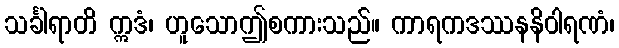
သင်္ခါရာတိ ဣဒံ၊ ဟူသောဤစကားသည်။ ကာရကဒဿနနိဝါရဏံ၊